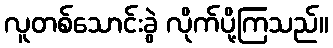
လူတစ်သောင်းခွဲ လိုက်ပို့ကြသည်။